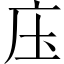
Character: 庒